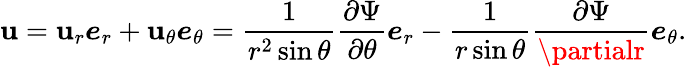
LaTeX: {\boldsymbol{\mathbf{u}}}=\mathbf{u}_{r}{\boldsymbol{e}}_{r}+\mathbf{u}_{\theta}{\boldsymbol{e}}_{\theta}={\frac{{1}}{{r^{2}\sin\theta}}}{\frac{{\partial\Psi}}{{\partial\theta}}}{\boldsymbol{e}}_{r}-{\frac{{1}}{{r\sin\theta}}}{\frac{{\partial\Psi}}{{\partialr}}}{\boldsymbol{e}}_{\theta}.